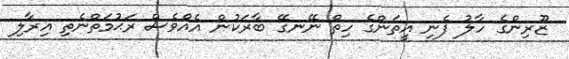
ޒޫރިންގެ ހާލު ފެނި އީތަންގެ ހިތް ނޭނގޭ ބާރަކުން އެއްވެސް ރަޙުމަތްނެތި އިރާލި